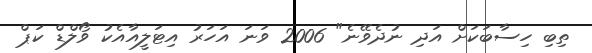
ތިބި ހިސާބަކަށް އަދި ނުދެވޭނެ" 2006 ވަނަ އަހަރު އިޓަލީއާއެކު ވޯލްޑް ކަޕް